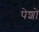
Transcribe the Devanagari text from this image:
पेशो